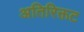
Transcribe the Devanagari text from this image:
अतिरिक्तट